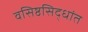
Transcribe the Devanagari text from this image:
वसिष्ठसिद्धांत